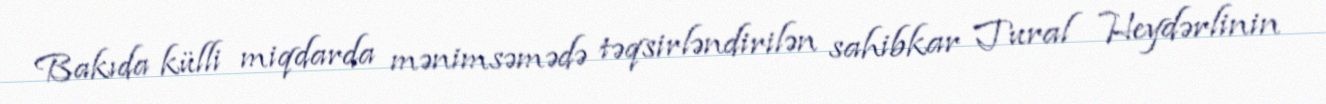
Bakıda külli miqdarda mənimsəmədə təqsirləndirilən sahibkar Tural Heydərlinin